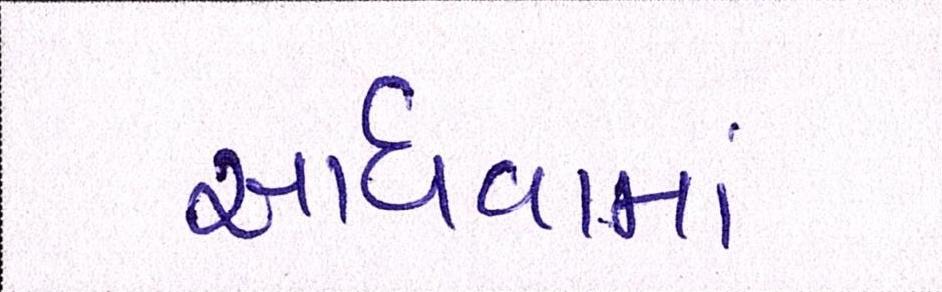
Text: સાધવામાં